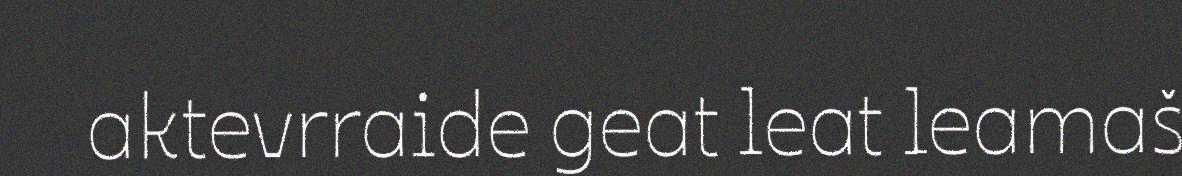
aktevrraide geat leat leamaš